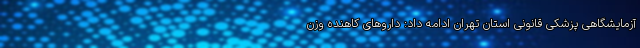
آزمایشگاهی پزشکی قانونی استان تهران ادامه داد: داروهای کاهنده وزن